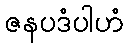
ဇနပဒံပါဟံ